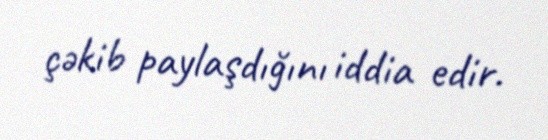
çəkib paylaşdığını iddia edir.